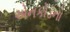
એનકોડનો